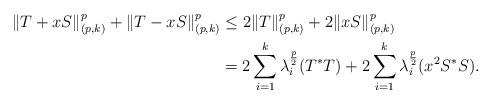
LaTeX: \begin{align*}\|T+xS\|_{(p,k)}^p+\|T-xS\|_{(p,k)}^p&\leq 2\|T\|_{(p,k)}^p+2\|xS\|_{(p,k)}^p\\&=2\sum_{i=1}^k\lambda_i^{\frac{p}{2}}(T^*T)+2\sum_{i=1}^k\lambda_i^{\frac{p}{2}}(x^2S^*S).\end{align*}